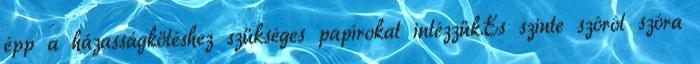
épp a házasságkötéshez szükséges papírokat intézzük.És szinte szóról szóra